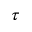
\tau